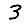
Digit: 3